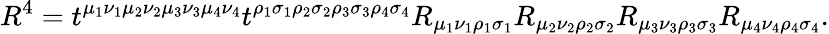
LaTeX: R^{4}=t^{\mu_{1}\nu_{1}\mu_{2}\nu_{2}\mu_{3}\nu_{3}\mu_{4}\nu_{4}}t^{\rho_{1}\sigma_{1}\rho_{2}\sigma_{2}\rho_{3}\sigma_{3}\rho_{4}\sigma_{4}}R_{\mu_{1}\nu_{1}\rho_{1}\sigma_{1}}R_{\mu_{2}\nu_{2}\rho_{2}\sigma_{2}}R_{\mu_{3}\nu_{3}\rho_{3}\sigma_{3}}R_{\mu_{4}\nu_{4}\rho_{4}\sigma_{4}}.